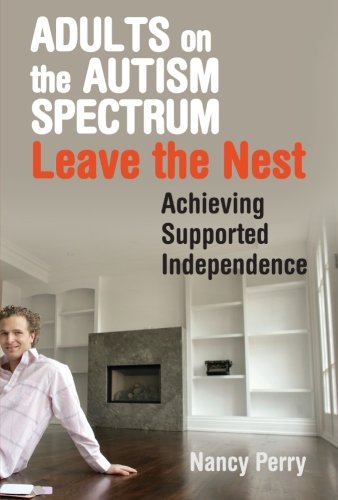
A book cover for Adults on the Autism Spectrum Leave the Nest: Achieving Supported Independence; Nancy Perry; Health, Fitness & Dieting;